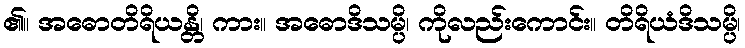
၏။ အဓောတိရိယန္တိ၊ ကား။ အဓောဒိသမ္ပိ၊ ကိုလည်းကောင်း။ တိရိယံဒိသမ္ပိ၊